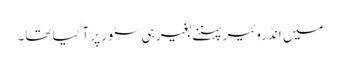
میں انڈروئیر پہننے بغیر ہی سٹور پر آ گیا تھا۔